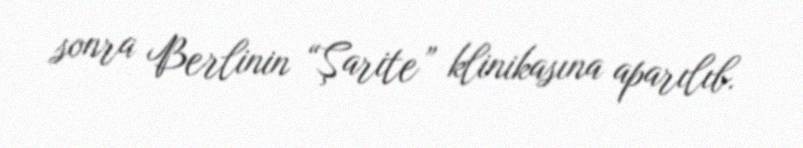
sonra Berlinin “Şarite” klinikasına aparılıb.